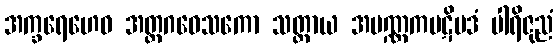
အက္ခရေဟေဝ အတ္ထဂဝေသကော သတ္တာယ အပဏ္ဏကပဋိပဒံ ပါရိဇုညံ